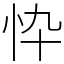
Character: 忰